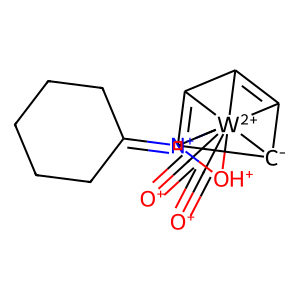
SMILES: [O+]#C[W+2]12345(C#[O+])([OH+][N+]1=C1CCCCC1)C1=C2[C-]3C4=C15
Inhibits HIV replication: No